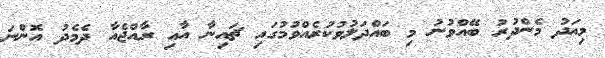
މިއަދު މެންދުރު ބޭއްވުނު މި ބައްދަލުވުކުރެއްވުމުގައި ޗައިނާ އާއި ރާއްޖެއާ ދެމެދު އޮންނަ